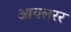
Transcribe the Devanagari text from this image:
आयलरर